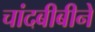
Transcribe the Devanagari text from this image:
चांदबीबीने